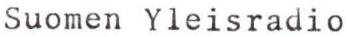
Suomen Yleisradio